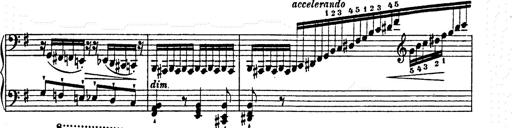
Title: Ab irato
Composer: Franz Liszt